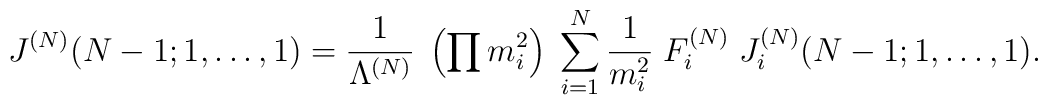
J^{(N)}(N-1; 1, \ldots, 1) = \frac{1}{\Lambda^{(N)}}\;\left(\prod m_i^2 \right) \;\sum_{i=1}^N \frac{1}{m_i^2} \; F_i^{(N)} \;J_i^{(N)}(N-1; 1, \ldots, 1) .